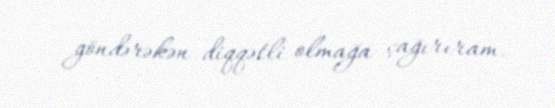
göndərəkən diqqətli olmağa çağırıram.